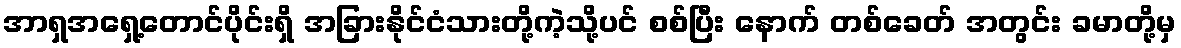
အာရှအရှေ့တောင်ပိုင်းရှိ အခြားနိုင်ငံသားတို့ကဲ့သို့ပင် စစ်ပြီး နောက် တစ်ခေတ် အတွင်း ခမာတို့မှ